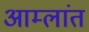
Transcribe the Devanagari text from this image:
आम्लांत